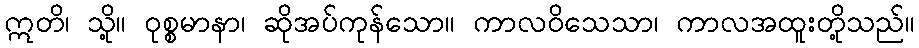
ဣတိ၊ သို့။ ဝုစ္စမာနာ၊ ဆိုအပ်ကုန်သော။ ကာလဝိသေသာ၊ ကာလအထူးတို့သည်။